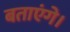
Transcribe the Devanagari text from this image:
बताएंगे।